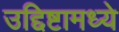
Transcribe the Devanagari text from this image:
उद्दिष्टामध्ये